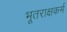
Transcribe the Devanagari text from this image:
भूतराक्षकर्म